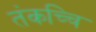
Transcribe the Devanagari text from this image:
तंकच्चि